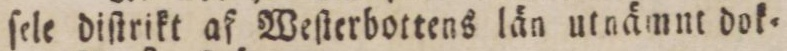
ſele diſtrikt af Weſterbottens län utnämnt dok=